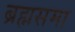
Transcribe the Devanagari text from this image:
ब्रह्मसमा